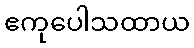
ဧကုပေါသထာယ